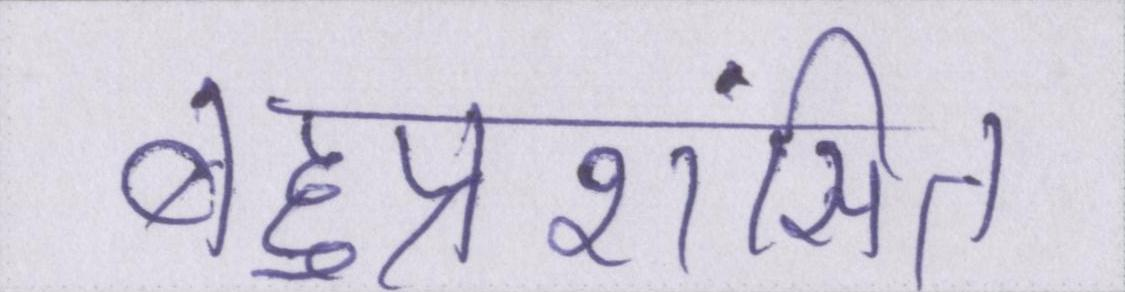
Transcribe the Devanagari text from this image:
बहुप्रशंसित